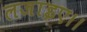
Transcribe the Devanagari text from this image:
लजाइए।।